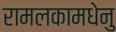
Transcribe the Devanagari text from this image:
रामलकामधेनु